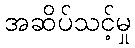
အဆိပ်သင့်မှု